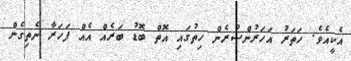
އެކީއެވެ. ހަތަރު އަހަރުންސުރެން ހިތުގައި އޮތް ބޮޑު ބަރެއް އެއް ފަހަރާ ނެތިގެން